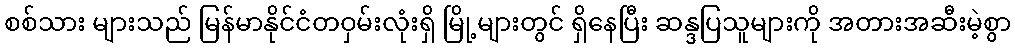
စစ်သား များသည် မြန်မာနိုင်ငံတဝှမ်းလုံးရှိ မြို့များတွင် ရှိနေပြီး ဆန္ဒပြသူများကို အတားအဆီးမဲ့စွာ